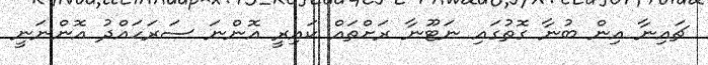
ޗައިނާ އިން ބުނާ ގޮތުގައި ނަޓޫނާ ރަށްތައް ކައިރީ އޮންނަ ސަރަހައްދު އޮންނަނީ